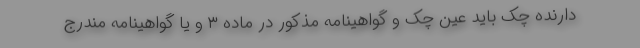
دارنده چک باید عین چک و گواهینامه مذکور در ماده ۳ و یا گواهینامه مندرج